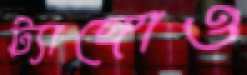
ট্যাঙ্গোও